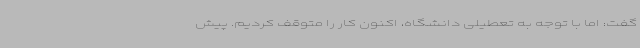
گفت: اما با توجه به تعطیلی دانشگاه، اکنون کار را متوقف کردیم. پیش